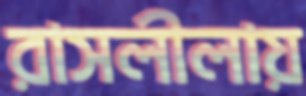
রাসলীলায়